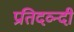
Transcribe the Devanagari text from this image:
प्रतिदव्न्दी